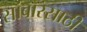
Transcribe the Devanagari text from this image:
सांबारसाठी